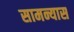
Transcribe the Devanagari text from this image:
सामन्यास